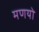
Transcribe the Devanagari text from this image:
मणयो